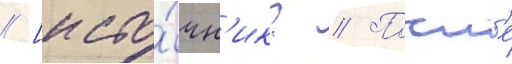
// [исто́чн'ик? // Посл'е